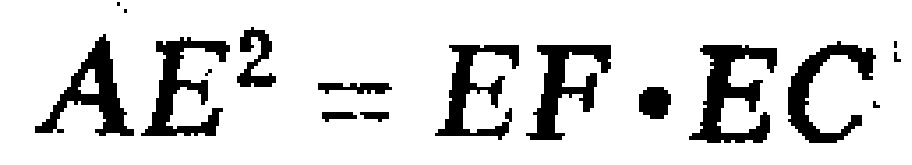
$AE^{2}=EF\cdot EC$